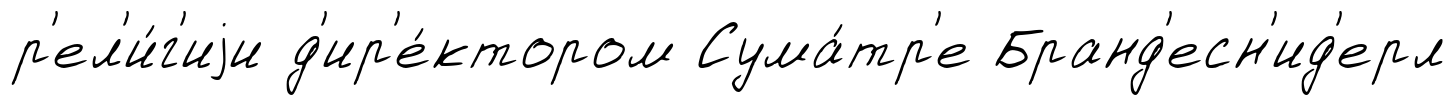
р'ел'и́г'иjи д'ир'е́ктором Сума́тр'е Бранд'есн'ид'ерл